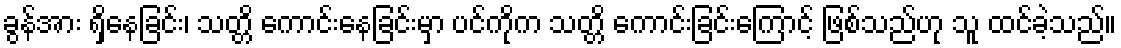
ခွန်အား ရှိနေခြင်း၊ သတ္တိ ကောင်းနေခြင်းမှာ ပင်ကိုက သတ္တိ ကောင်းခြင်းကြောင့် ဖြစ်သည်ဟု သူ ထင်ခဲ့သည်။